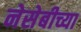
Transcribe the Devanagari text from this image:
नेसेबीच्या